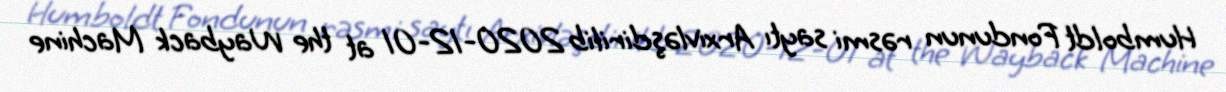
Humboldt Fondunun rəsmi saytı Arxivləşdirilib 2020-12-01 at the Wayback Machine